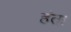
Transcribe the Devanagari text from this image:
हंता